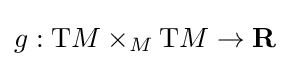
g:\mathrm {T} M\times _{M}\mathrm {T} M\to \mathbf {R}